Annual report on the working of the mental hospitals in the Madras Presidency - 1912-1932
Year: 1912
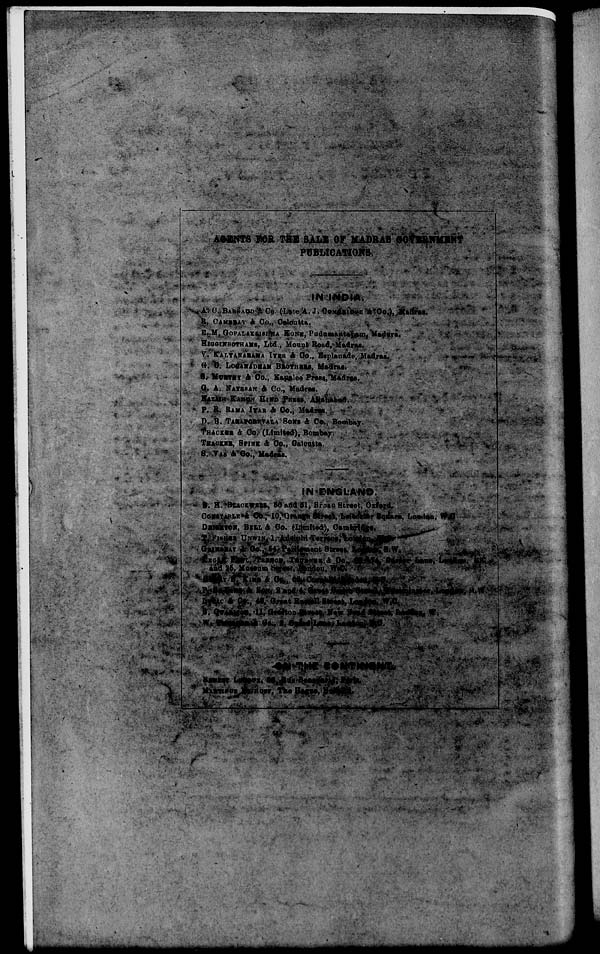
AGENTS FOR THE SALE OF MADRAS GOVERNMENT
PUBLICATIONS.
IN INDIA.
A C. BARRAUD & Co. (Late A. J. COMARIDGE & Co.), Madras.
R. CAMBRAY & Co., Calcutta.
E. M. GOPALAKRISHNA KONE, Pudumantapam, Madura.
HIGGINBOTHAMS, Ltd., Mount Road, Madras.
V. KALYANARAMA IYER & Co., Esplanade, Madras.
G. O. LOGANADHAM BROTHERS, Madras.
S. MURTHY & Co., Kapalee Press, Madras.
G. A. NATESAN & Co., Madras.
NAZAIR KANUN HIND PRESS, Allahabad.
P. R. RAMA IYAR & Co., Madras.
D. B. TARAPOREVALA SONS & Co., Bombay.
THACKER & Co. (Limited), Bombay.
THACKER, SPINK & Co., Calcutta.
S. VAS & Co., Madras.
IN ENGLAND.
B. H. BLACKWELL, 50 and 51, Broad Street, Oxford.
CONSTABLE & Co., 10, Orange Street, Liecester Square, London, W. C.
DEIGHTON, BELL & Co. (Limited), Cambridge.
T. FISHER UNWIN, 1, Adelphi Terrace, London, W. C.
GRINDLAY & Co. 54. Parliament Street, London S.W.